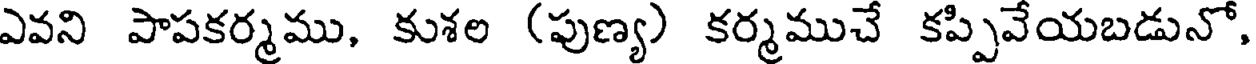
ఎవని పాపకర్మము, కుశల (పుణ్య) కర్మముచే కప్పివేయబడునో,